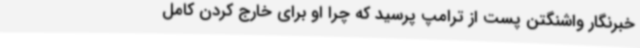
خبرنگار واشنگتن پست از ترامپ پرسید که چرا او برای خارج کردن کامل